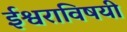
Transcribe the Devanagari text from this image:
ईश्वराविषयी